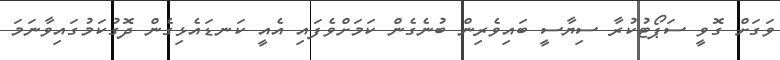
ވަގަށް ގޮވީ ސަޕޯޓުކުރާ ސިޔާސީ ބައިވެރިން ބުނެގެން ކަމަށްވެފައި އެއީ ކަނޑައެޅިގެން ދޮގުކަމުގައިވާނަމަ